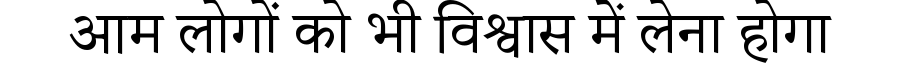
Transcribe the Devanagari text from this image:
आम लोगों को भी विश्वास में लेना होगा